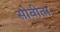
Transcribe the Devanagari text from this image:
सोबीता